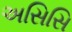
અસિસિ